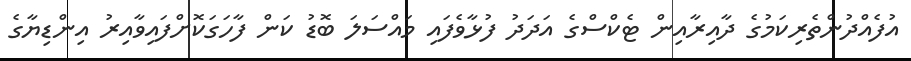
އުފެއްދުންތެރިކަމުގެ ދާއިރާއިން ޓެކްސްގެ އަދަދު ފުޅާވެފައި މައްސަލަ ބޮޑު ކަން ފާހަގަކޮށްފައިވާއިރު އިންޑިޔާގެ